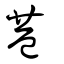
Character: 巷